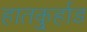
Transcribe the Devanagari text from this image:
हातकु्र्हाड